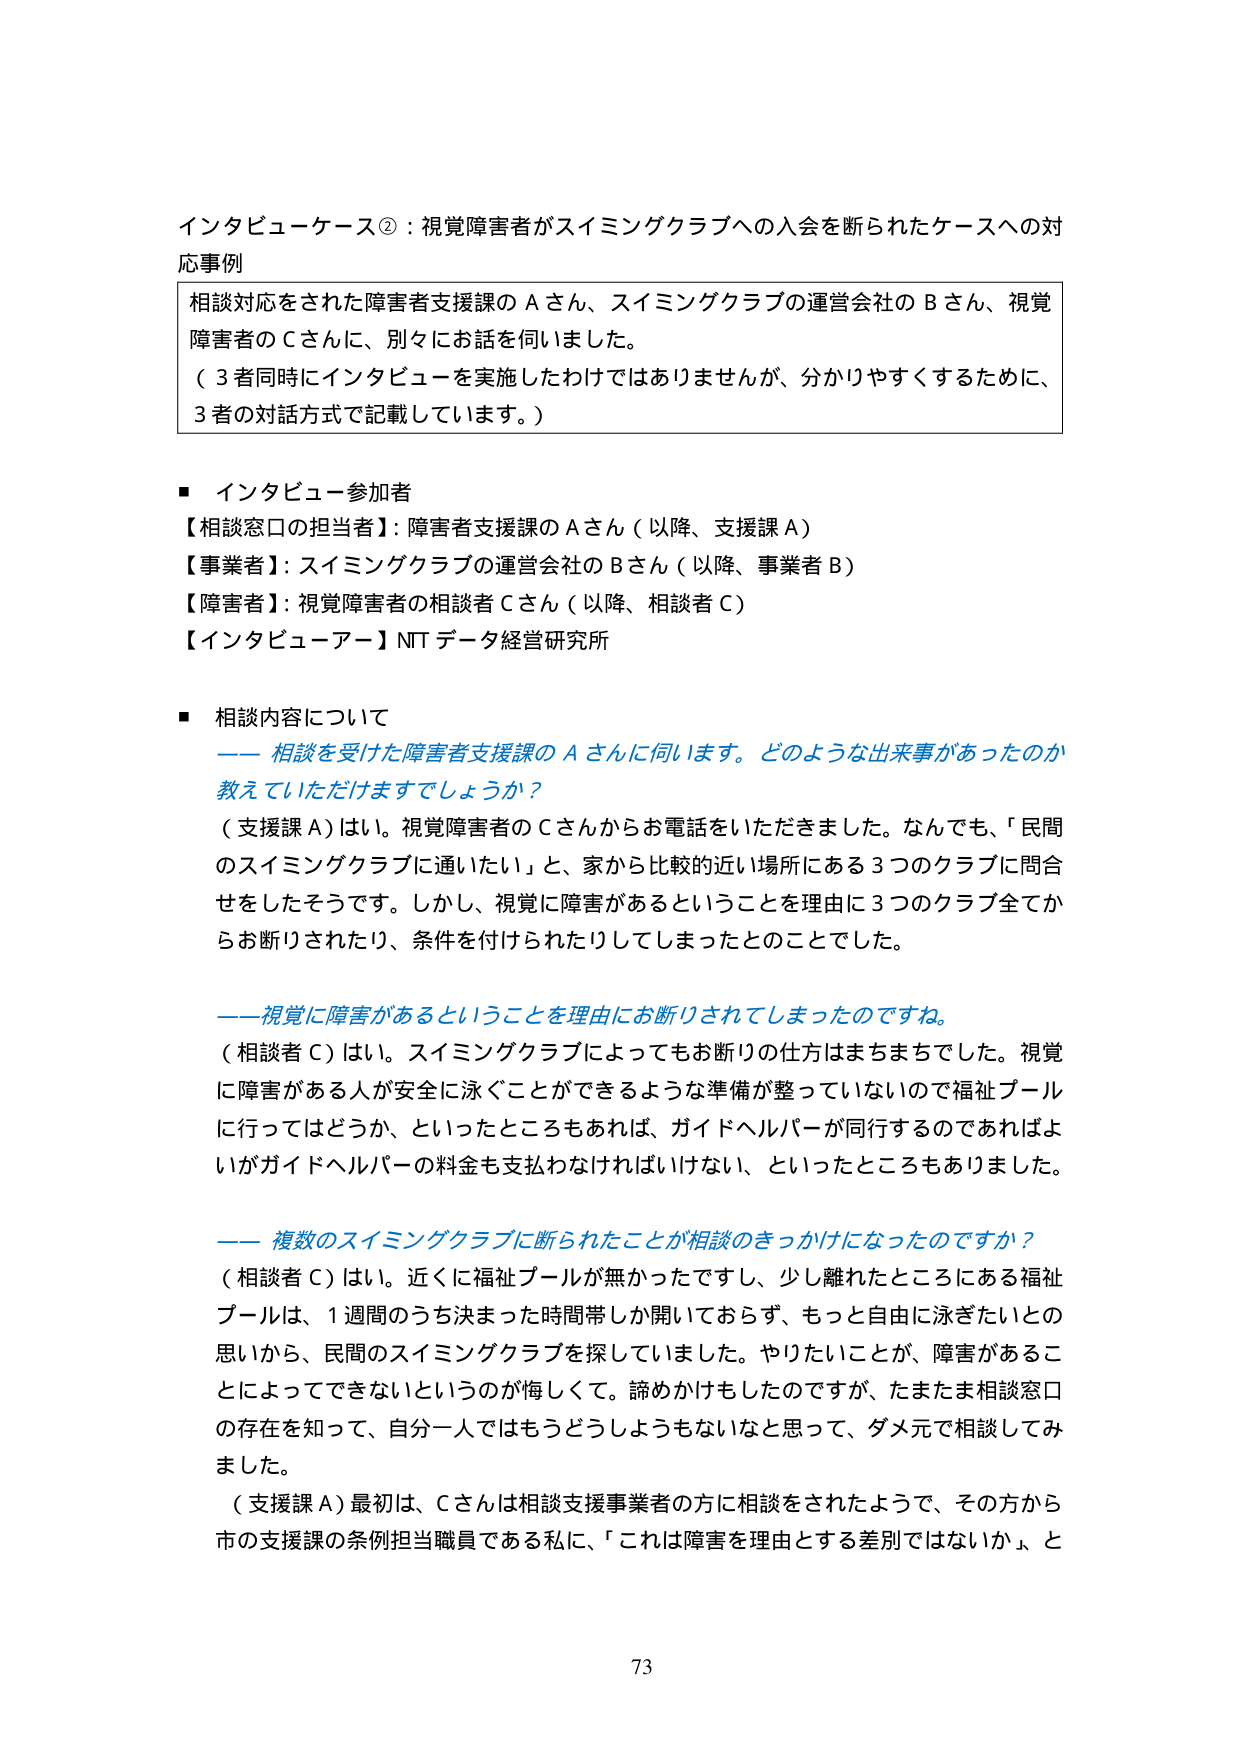
インタビューーケース②：視覚障害者がスイミングクラブへの入会を断られたケースへの対応事例

相談対応をされた障害者支援課のＡさん、スイミングクラブの運営会社のＢさん、視覚障害者のＣさんに、別々にお話を伺いました。
（３者同時にインタビューを実施したわけではありませんが、分かりやすくするために、３者の対話方式で記載しています。）

■ インタビュー参加者
【相談窓口の担当者】：障害者支援課のＡさん（以降、支援課Ａ）
【事業者】：スイミングクラブの運営会社のＢさん（以降、事業者Ｂ）
【障害者】：視覚障害者の相談者Ｃさん（以降、相談者Ｃ）
【インタビュアー】NTTデータ経営研究所

■ 相談内容について
―― 相談を受けた障害者支援課のＡさんに伺います。どのような出来事があったのか教えていただけますでしょうか？

（支援課Ａ）はい。視覚障害者のＣさんからお電話をいただきました。なんでも、「民間のスイミングクラブに通いたい」と、家から比較的近い場所にある３つのクラブに問合せをしたそうです。しかし、視覚に障害があるということを理由に３つのクラブ全てからお断りされたり、条件を付けられたりしてしまったとのことでした。

―― 視覚に障害があるということを理由にお断りされてしまったのですね。

（相談者Ｃ）はい。スイミングクラブによってもお断りの仕方はまちまちでした。視覚に障害がある人が安全に泳ぐことができるような準備が整っていないので福祉プールに行ってはどうか、といったところもあれば、ガイドヘルパーが同行するのであればよいがガイドヘルパーの料金も支払わなければいけない、といったところもありました。

―― 複数のスイミングクラブに断られたことが相談のきっかけになったのですか？

（相談者Ｃ）はい。近くに福祉プールが無かったですし、少し離れたところにある福祉プールは、１週間のうち決まった時間帯しか開いておらず、もっと自由に泳ぎたいとの思いから、民間のスイミングクラブを探していました。やりたいことが、障害があることによってできないというのが悔しくて。諦めかけもしたのですが、たまたま相談窓口の存在を知って、自分一人ではもうどうしようもないなと思って、ダメ元で相談してみました。

（支援課Ａ）最初は、Ｃさんは相談支援事業者の方に相談をされたようで、その方から市の支援課の条例担当職員である私に、「これは障害を理由とする差別ではないか」と

73